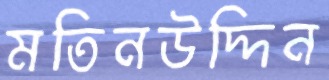
মতিনউদ্দিন